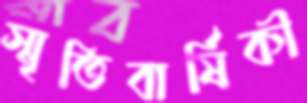
স্মৃতিবার্ষিকী